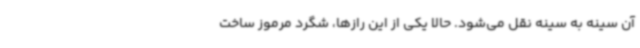
آن سینه ‌به سینه نقل می‌شود. حالا یکی از این رازها، شگرد مرموز ساخت